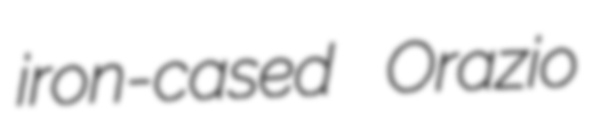
iron-cased Orazio